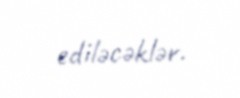
ediləcəklər.